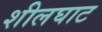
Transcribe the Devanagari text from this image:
शीलघाट